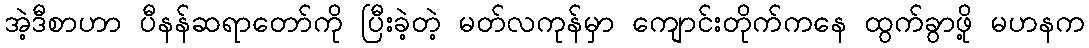
အဲ့ဒီစာဟာ ပီနန်ဆရာတော်ကို ပြီးခဲ့တဲ့ မတ်လကုန်မှာ ကျောင်းတိုက်ကနေ ထွက်ခွာဖို့ မဟနက